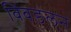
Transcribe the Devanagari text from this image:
विंबडलन